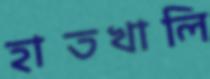
হাতখালি